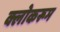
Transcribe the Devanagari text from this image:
क्लोकरूम